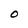
Character: 0